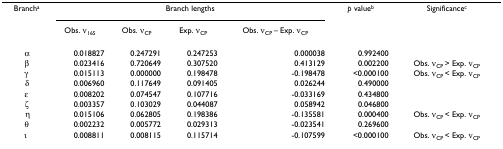
<table><thead><tr><td><b>Branch<sup>a</sup></b></td><td colspan="4"><b>Branch lengths</b></td><td><b><i>p </i>value<sup>b</sup></b></td><td><b>Significance<sup>c</sup></b></td></tr><tr><td></td><td><b>Obs. <i>ν</i><sub>16S</sub></b></td><td><b>Obs. <i>ν</i><sub>CP</sub></b></td><td><b>Exp. <i>ν</i><sub>CP</sub></b></td><td><b>Obs. <i>ν</i><sub>CP </sub>– Exp. <i>ν</i><sub>CP</sub></b></td><td></td><td></td></tr></thead><tbody><tr><td>α</td><td>0.018827</td><td>0.247291</td><td>0.247253</td><td>0.000038</td><td>0.992400</td><td></td></tr><tr><td>β</td><td>0.023416</td><td>0.720649</td><td>0.307520</td><td>0.413129</td><td>0.002200</td><td>Obs. <i>ν</i><sub>CP </sub>&gt; Exp. <i>ν</i><sub>CP</sub></td></tr><tr><td>γ</td><td>0.015113</td><td>0.000000</td><td>0.198478</td><td>-0.198478</td><td>&lt;0.000100</td><td>Obs. <i>ν</i><sub>CP </sub>&lt; Exp. <i>ν</i><sub>CP</sub></td></tr><tr><td>δ</td><td>0.006960</td><td>0.117649</td><td>0.091405</td><td>0.026244</td><td>0.490000</td><td></td></tr><tr><td>ε</td><td>0.008202</td><td>0.074547</td><td>0.107716</td><td>-0.033169</td><td>0.434800</td><td></td></tr><tr><td>ζ</td><td>0.003357</td><td>0.103029</td><td>0.044087</td><td>0.058942</td><td>0.046800</td><td></td></tr><tr><td>η</td><td>0.015106</td><td>0.062805</td><td>0.198386</td><td>-0.135581</td><td>0.000400</td><td>Obs. <i>ν</i><sub>CP </sub>&lt; Exp. <i>ν</i><sub>CP</sub></td></tr><tr><td>θ</td><td>0.002232</td><td>0.005772</td><td>0.029313</td><td>-0.023541</td><td>0.269600</td><td></td></tr><tr><td>ι</td><td>0.008811</td><td>0.008115</td><td>0.115714</td><td>-0.107599</td><td>&lt;0.000100</td><td>Obs. <i>ν</i><sub>CP </sub>&lt; Exp. <i>ν</i><sub>CP</sub></td></tr></tbody></table>